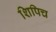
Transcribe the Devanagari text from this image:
शिपिच